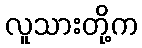
လူသားတို့က